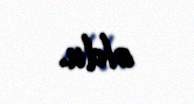
oldu.